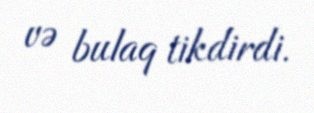
və bulaq tikdirdi.